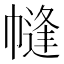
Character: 㡝